Cholera in southern India
Disease focus: Cholera
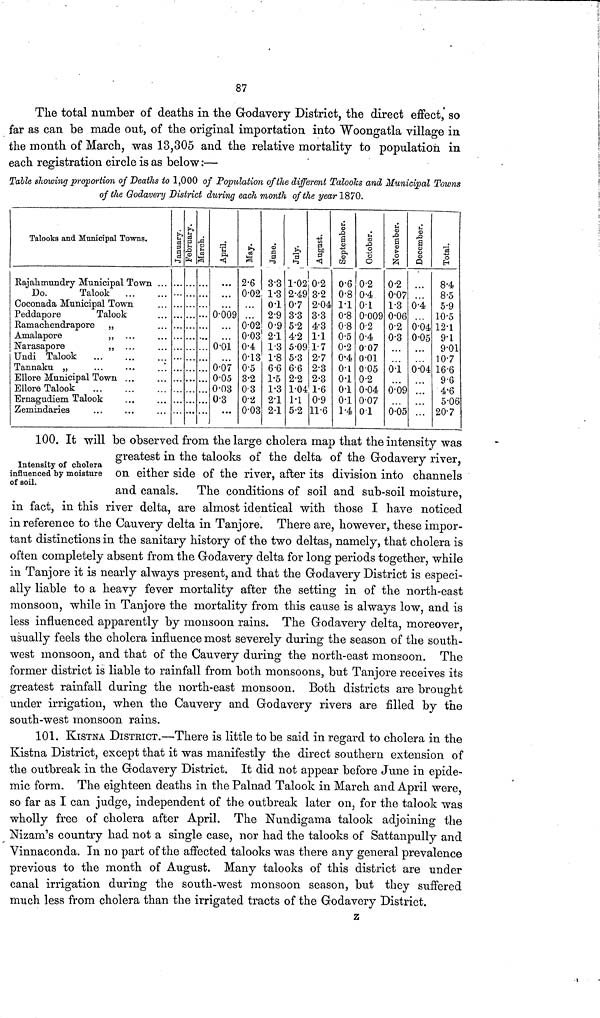
87
The total number of deaths in the Godavery District, the direct effect,' so
far as can be made out, of the original importation into Woongatla village in
the month of March, was 13,305 and the relative mortality to population in
each registration circle is as below :—
Table showing proportion of Deaths to 1,000 of Population of the different Taloolks and Municipal Towns
of the Godavery District during each month of the year 1870.
Talooks and Municipal Towns.
Rajahmundry Municipal Town ...
Do.
Talook
Coconada Municipal Town
Peddapore
Talook
Ramachendrapore „
Amalapore
,,
Narasapore
,,
Undi Talook
Tannaku „
Ellore Municipal Town ...
Ellore Talook
Ernagudiem Talook
Zemindaries
January. February.
March.
April.
0.009
0.01
0.07
0.05
0.08
0.3
May.
2.6
0.02
0.02
0.03
0.4
0.13
0.5
3.2
0.3
0.2
0.03
June.
3.3
1.3
0.1
2.9
0.9
2.1
1.3
1.8
6.6
1.5
1.3
2.1
2.1
July.
1.02
2.49
0.7
3.3
5.2
4.2
5.09
5.3
6.6
2.2
1.04
1.1
5.2
August.
0.2
3.2
2.04
3.3
4.3
11
1.7
2.7
2.3
2.3
1.6
0.9
11.6
September.
0.6
0.8
1.1
0.8
0.8
0.5
0.2
0.4
0.1
0.1
0.1
0.1
1.4
October.
0.2
0.4
0.1
0.009
0.2
0.4
007
0.01
0.05
0.2
0.04
0.07
0.1
November.
0.2
0.07
1.3
0.06
0.2
0.3
0.1
0.09
0.05
December.
0.4
0.04
0.05
0.04
...
Total.
8.4
8.5
5.9
10.5
12.1
9.1
9.01
10.7
16.6
9.6
4.6
5.06
20.7
Intensity of cholera
influenced by moisture
of soil.
100. It will be observed from the large cholera map that the intensity was
greatest m the talooks of the delta of the Godavery river,
on either side of the river, after its division into channels
and canals. The conditions of soil and sub-soil moisture,
in fact, in this river delta, are almost identical with those I have noticed
in reference to the Cauvery delta in Tanjore. There are, however, these impor-
tant distinctions in the sanitary history of the two deltas, namely, that cholera is
often completely absent from the Godavery delta for long periods together, while
in Tanjore it is nearly always present, and that the Godavery District is especi-
ally liable to a heavy fever mortality after the setting in of the north-east
monsoon, while in Tanjore the mortality from this cause is always low, and is
less influenced apparently by monsoon rains. The Godavery delta, moreover,
usually feels the cholera influence most severely during the season of the south-
west monsoon, and that of the Cauvery during the north-east monsoon. The
former district is liable to rainfall from both monsoons, but Tanjore receives its
greatest rainfall during the north-east monsoon. Both districts are brought
under irrigation, when the Cauvery and Godavery rivers are filled by the
south-west monsoon rains.
101. KISTNA DISTRICT.—There is little to be said in regard to cholera in the
Kistna District, except that it was manifestly the direct southern extension of
the outbreak in the Godavery District. It did not appear before June in epide-
mic form. The eighteen deaths in the Palnad Talook in March and April were,
so far as I can judge, independent of the outbreak later on, for the talook was
wholly free of cholera after April. The Nundigama talook adjoining the
Nizam's country had not a single case, nor had the talooks of Sattanpully and
Vinnaconda. In no part of the affected talooks was there any general prevalence
previous to the month of August. Many talooks of this district are under
canal irrigation during the south-west monsoon season, but they suffered
much less from cholera than the irrigated tracts of the Godavery District.
z